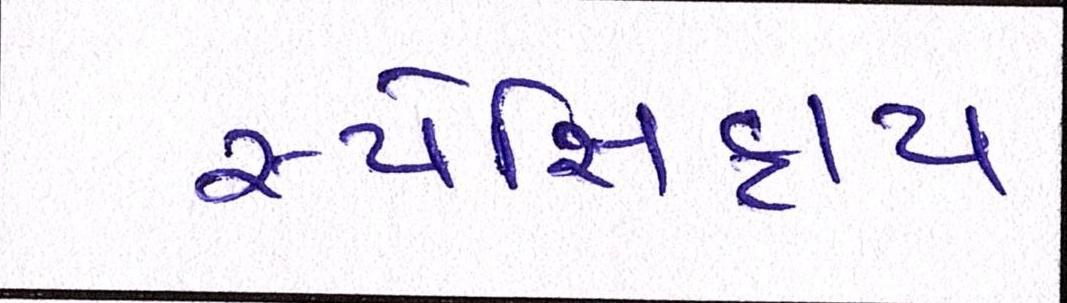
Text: સ્પેસિફાય